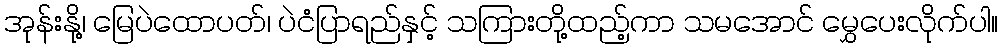
အုန်းနို့၊ မြေပဲထောပတ်၊ ပဲငံပြာရည်နှင့် သကြားတို့ထည့်ကာ သမအောင် မွှေပေးလိုက်ပါ။